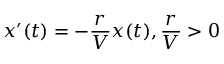
x ^ { \prime } ( t ) = - { \frac { r } { V } } x ( t ) , { \frac { r } { V } } > 0